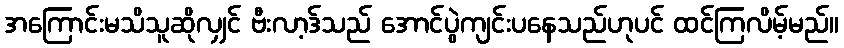
အကြောင်းမသိသူဆိုလျှင် ဗီးလာ့ဒ်သည် အောင်ပွဲကျင်းပနေသည်ဟုပင် ထင်ကြလိမ့်မည်။